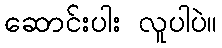
ဆောင်းပါး လူပါပဲ။